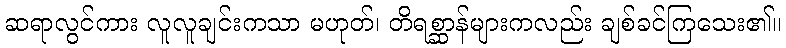
ဆရာလွင်ကား လူလူချင်းကသာ မဟုတ်၊ တိရစ္ဆာန်များကလည်း ချစ်ခင်ကြသေး၏။